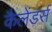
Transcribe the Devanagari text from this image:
कैलेंडर्स